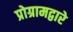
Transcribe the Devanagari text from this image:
प्रोग्रामद्वारे